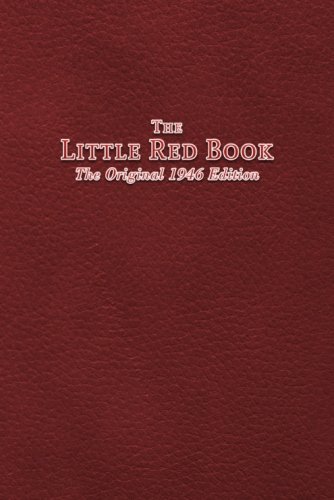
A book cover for The Little Red Book: The Original 1946 Edition; Anonymous; Health, Fitness & Dieting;